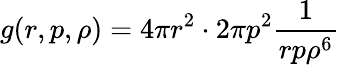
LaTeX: g(r,p,\rho)=4\pi r^{2}\cdot 2\pi p^{2}\frac{1}{rp\rho^{6}}